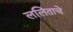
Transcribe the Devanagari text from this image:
ललिताचे